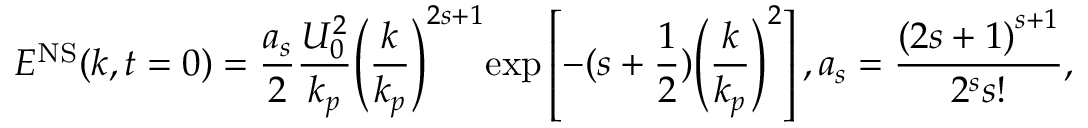
{ { E } ^ { \mathrm { N S } } } ( k , t = 0 ) = \frac { { { a } _ { s } } } { 2 } \frac { U _ { 0 } ^ { 2 } } { { { k } _ { p } } } { { \left( \frac { k } { { { k } _ { p } } } \right) } ^ { 2 s + 1 } } \mathrm { e x p } \left[ - ( s + \frac { 1 } { 2 } ) { { \left( \frac { k } { { { k } _ { p } } } \right) } ^ { 2 } } \right] , { { a } _ { s } } = \frac { { { ( 2 s + 1 ) } ^ { s + 1 } } } { { { 2 } ^ { s } } s ! } ,